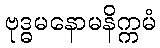
ဗုဒ္ဓမနောမနိက္ကမံ